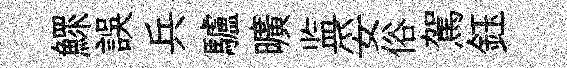
鰥誤兵驢曠监妥俗駕鈺